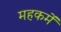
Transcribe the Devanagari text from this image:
महकमें